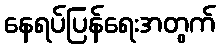
နေရပ်ပြန်ရေးအတွက်